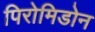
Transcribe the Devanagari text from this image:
पिरोमिडोन